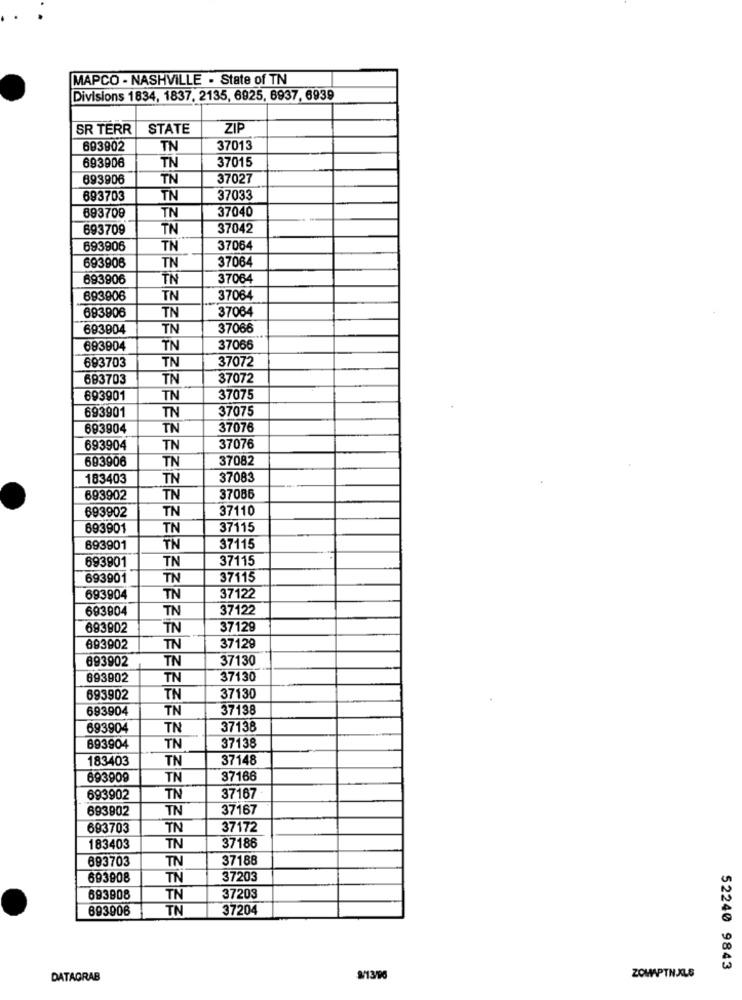
MAPCO - NASHVILLE - State of TN
Divisions 1834, 1837, 2135, 6925, 6937, 6939
SR TERR
STATE
ZIP
693902
TN
37013
693906
37015
TN
693906
TN
37027
893703
TN
37033
37040
693709
TN
693709
TN
37042
693906
TN
37064
693908
37064
TN
693906
TN
37064
693906
TN
37064
693906
TN
37064
693904
TN
37066
683904
TN
37066
693703
TN
37072
683703
TN
37072
693901
TN
37075
693901
TN
37075
693904
TN
37076
693904
TN
37076
693906
37082
TN
183403
TN
37083
693902
TN
37086
693902
TN
37110
693901
TN
37115
893901
TN
37115
693901
TN
37115
693901
TN
37115
693904
TN
37122
693904
TN
37122
693902
TN
37129
693902
TN
37129
693902
TN
37130
693902
TN
37130
693902
TN
37130
693904
TN
37138
693904
TN
37138
37138
893904
TN
183403
TN
37148
693909
TN
37166
693902
TN
37167
893902
TN
37167
693703
TN
37172
183403
TN
37186
693703
TN
37188
693908
TN
37203
693908
TN
37203
893906
TN
37204
52240 9843
DATAGRAB
9/13/96
ZOWAPTNALE